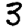
Digit: 3